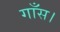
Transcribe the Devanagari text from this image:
गाँस।